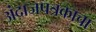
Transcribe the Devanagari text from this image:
अंदाजपत्रकाचा